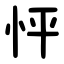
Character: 怦